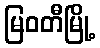
မြဝတီမြို့